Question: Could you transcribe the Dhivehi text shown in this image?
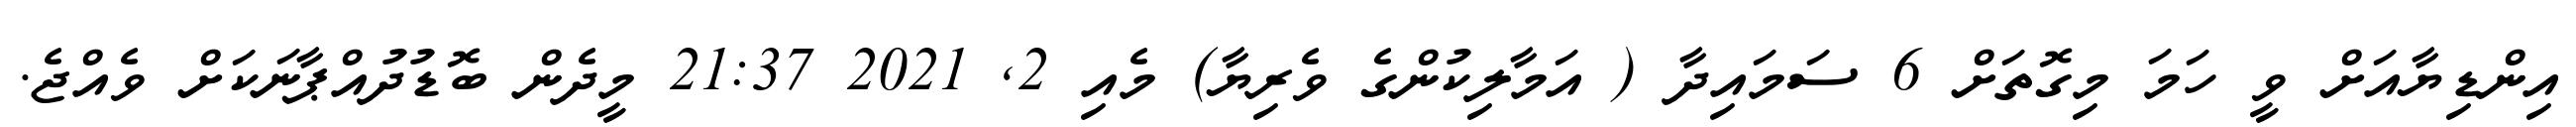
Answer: އިންޑިޔާއަށް ވީ ހަމަ މިގޮތަށް 6 ސަމައިދާ ( އަމާލިކުންގެ ވެރިޔާ) މެއި 2, 2021 21:37 މީދެން ބޮޑުދުއްޕާނަކަށް ވެއްޖެ.